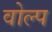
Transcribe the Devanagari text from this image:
वोल्प